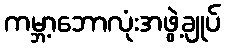
ကမ္ဘာ့ဘောလုံးအဖွဲ့ချုပ်